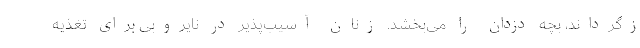
زگرداند، بچه دزدان را می‌بخشد. زنان آسیب‌پذیر در نایروبی برای تغذیه